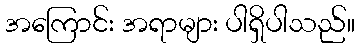
အကြောင်း အရာများ ပါရှိပါသည်။